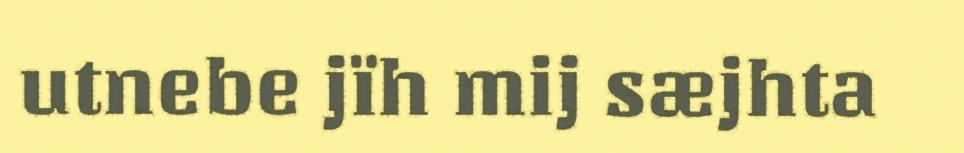
utnebe jïh mij sæjhta